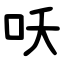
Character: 㕭